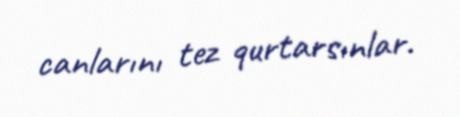
canlarını tez qurtarsınlar.